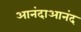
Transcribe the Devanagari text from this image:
आनंदाआनंद